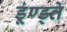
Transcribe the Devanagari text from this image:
डूंण्ड्ते